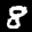
Label: 8